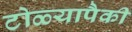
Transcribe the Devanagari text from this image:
टोळ्यापैकी